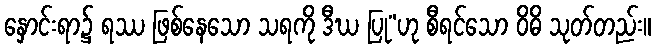
နှောင်းရာ၌ ရဿ ဖြစ်နေသော သရကို ဒီဃ ပြု”ဟု စီရင်သော ဝိဓိ သုတ်တည်း။